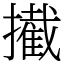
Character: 擮